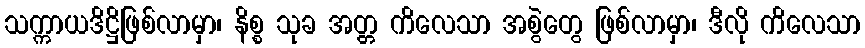
သက္ကာယဒိဋ္ဌိဖြစ်လာမှာ၊ နိစ္စ သုခ အတ္တ ကိလေသာ အစွဲတွေ ဖြစ်လာမှာ၊ ဒီလို ကိလေသာ